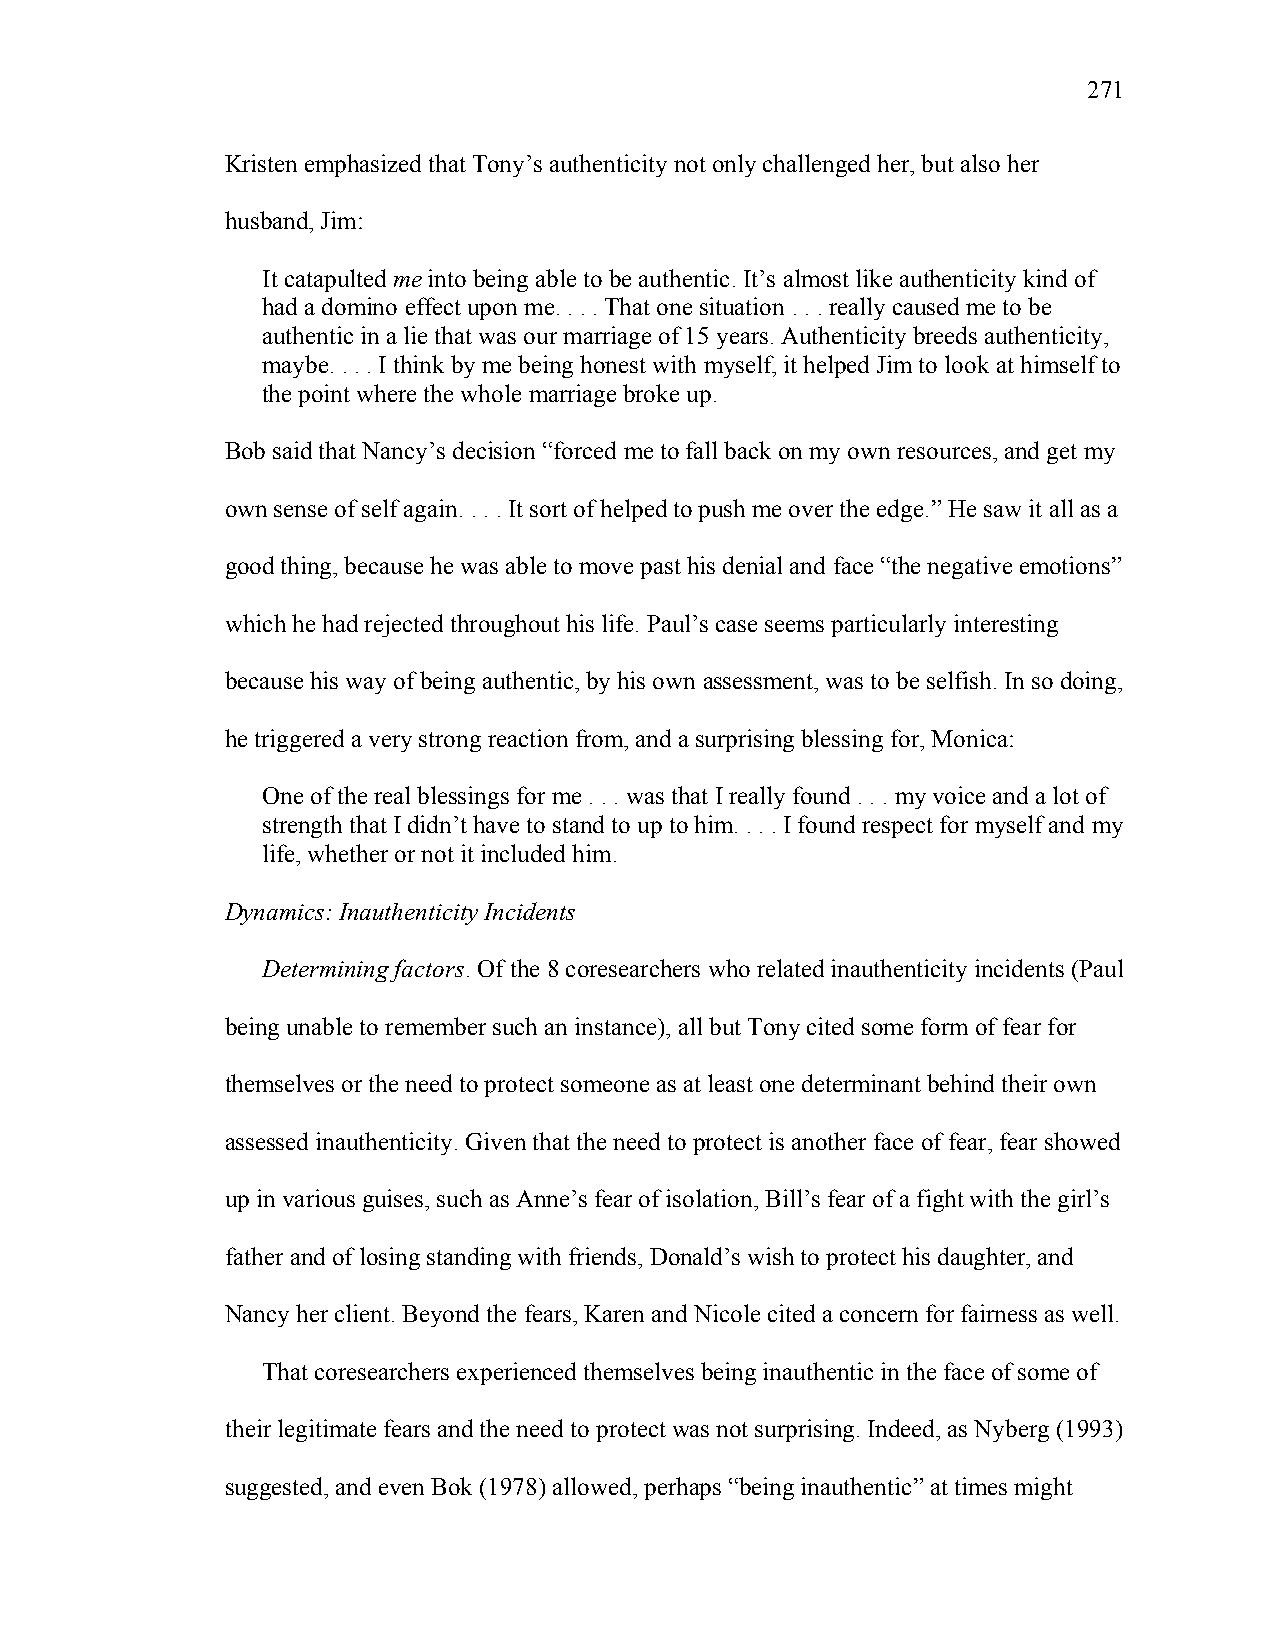
271
 Kristen emphasized that Tony’s authenticity not only challenged her, but also her
 husband, Jim:
 It catapulted me into being able to be authentic. It’s almost like authenticity kind of
 had a domino effect upon me. . . . That one situation . . . really caused me to be
 authentic in a lie that was our marriage of 15 years. Authenticity breeds authenticity,
 maybe. . . . I think by me being honest with myself, it helped Jim to look at himself to
 the point where the whole marriage broke up.
 Bob said that Nancy’s decision “forced me to fall back on my own resources, and get my
 own sense of self again. . . . It sort of helped to push me over the edge.” He saw it all as a
 good thing, because he was able to move past his denial and face “the negative emotions”
 which he had rejected throughout his life. Paul’s case seems particularly interesting
 because his way of being authentic, by his own assessment, was to be selfish. In so doing,
 he triggered a very strong reaction from, and a surprising blessing for, Monica:
 One of the real blessings for me . . . was that I really found . . . my voice and a lot of
 strength that I didn’t have to stand to up to him. . . . I found respect for myself and my
 life, whether or not it included him.
 Dynamics: Inauthenticity Incidents
 Determining factors. Of the 8 coresearchers who related inauthenticity incidents (Paul
 being unable to remember such an instance), all but Tony cited some form of fear for
 themselves or the need to protect someone as at least one determinant behind their own
 assessed inauthenticity. Given that the need to protect is another face of fear, fear showed
 up in various guises, such as Anne’s fear of isolation, Bill’s fear of a fight with the girl’s
 father and of losing standing with friends, Donald’s wish to protect his daughter, and
 Nancy her client. Beyond the fears, Karen and Nicole cited a concern for fairness as well.
 That coresearchers experienced themselves being inauthentic in the face of some of
 their legitimate fears and the need to protect was not surprising. Indeed, as Nyberg (1993)
 suggested, and even Bok (1978) allowed, perhaps “being inauthentic” at times might